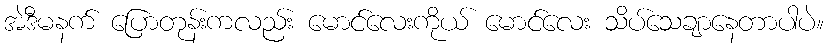
အဲဒီမနက် ပြောတုန်းကလည်း မောင်လေးကိုယ် မောင်လေး သိပ်သေချာနေတာပါပဲ။